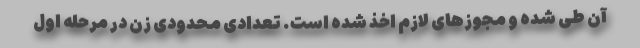
آن طی شده و مجوزهای لازم اخذ شده است. تعدادی محدودی زن در مرحله اول